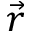
\vec { r }